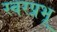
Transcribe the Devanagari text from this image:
स्वरप्रभू